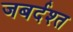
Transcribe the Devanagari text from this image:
जबर्दश्त